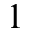
1